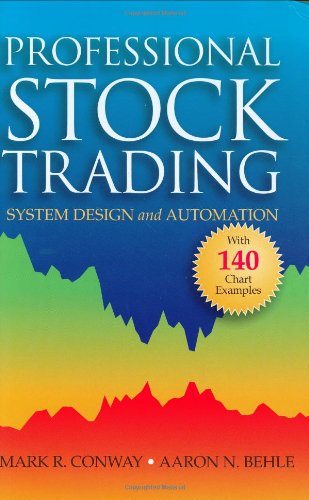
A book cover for Professional Stock Trading: System Design and Automation; Mark R. Conway; Computers & Technology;